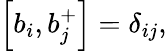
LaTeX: \left[b_{i},b_{j}^{+}\right]=\delta_{ij},